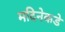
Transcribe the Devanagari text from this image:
मदिनेकडे